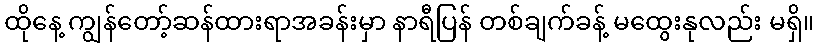
ထိုနေ့ ကျွန်တော့်ဆန်ထားရာအခန်းမှာ နာရီပြန် တစ်ချက်ခန့် မထွေးနုလည်း မရှိ။